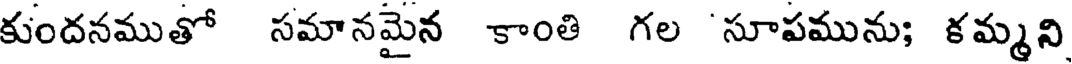
కుందనముతో సమానమైన కాంతి గల 'సూపమును; కమ్మని